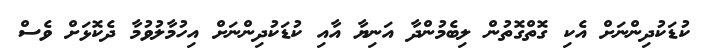
ކުޑަކުދިންނަށް އެކި ގޮތްގޮތުން ލިބެމުންދާ އަނިޔާ އާއި ކުޑަކުދިންނަށް އިހުމާލުވުމާ ދެކޮޅަށް ވެސް